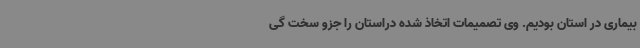
بیماری در استان بودیم. وی تصمیمات اتخاذ شده دراستان را جزو سخت گی